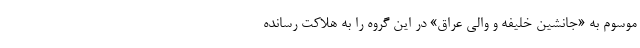
موسوم به «جانشین خلیفه و والی عراق» در این گروه را به هلاکت رسانده